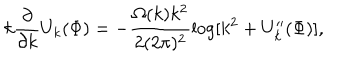
k \frac { \partial } { \partial k } U _ { k } ( \Phi ) = - \frac { \Omega ( k ) k ^ { 2 } } { 2 ( 2 \pi ) ^ { 2 } } \log [ k ^ { 2 } + U _ { k } ^ { \prime \prime } ( \Phi ) ] ,